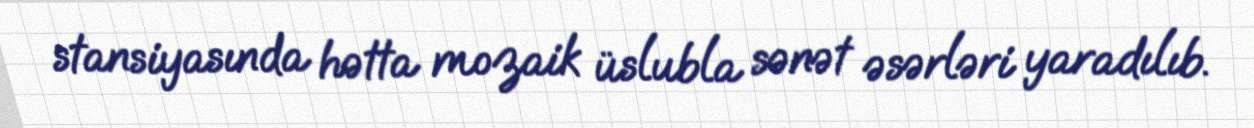
stansiyasında hətta mozaik üslubla sənət əsərləri yaradılıb.